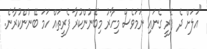
"އަލަށް ދެ ފެރީ ގެނައި ނަމަވެސް މިހާރު މިބޭނުންކުރާ ފެރީތައް ހަމަ ބޭނުންކުރާނެ.